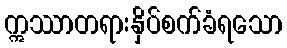
ဣဿာတရားနှိပ်စက်ခံရသော